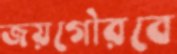
জয়গৌরবে